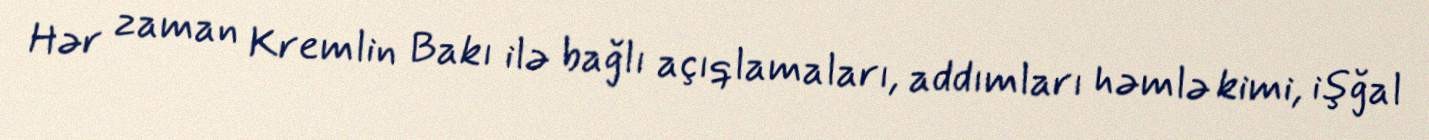
Hər zaman Kremlin Bakı ilə bağlı açıqlamaları, addımları həmlə kimi, işğal